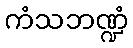
ကံသဘဏ္ဍံ